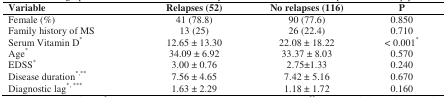
| Variable | Relapses (52) | No relapses (116) | P |
 | --- | --- | --- | --- |
 | Female (%) | 41 (78.8) | 90 (77.6) | 0.850 |
 | Family history of MS | 13 (25) | 26 (22.4) | 0.710 |
 | Serum Vitamin D* | 12.65 ± 13.30 | 22.08 ± 18.22 | < 0.001* |
 | Age* | 34.09 ± 6.92 | 33.37 ± 8.03 | 0.570 |
 | EDSS* | 3.00 ± 0.76 | 2.75±1.33 | 0.240 |
 | Disease duration*,** | 7.56 ± 4.65 | 7.42 ± 5.16 | 0.670 |
 | Diagnostic lag*, *** | 1.63 ± 2.29 | 1.18 ± 1.72 | 0.160 |